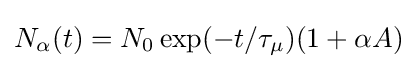
N_{\alpha }(t)=N_{0}\exp(-t/\tau _{\mu })(1+\alpha A)